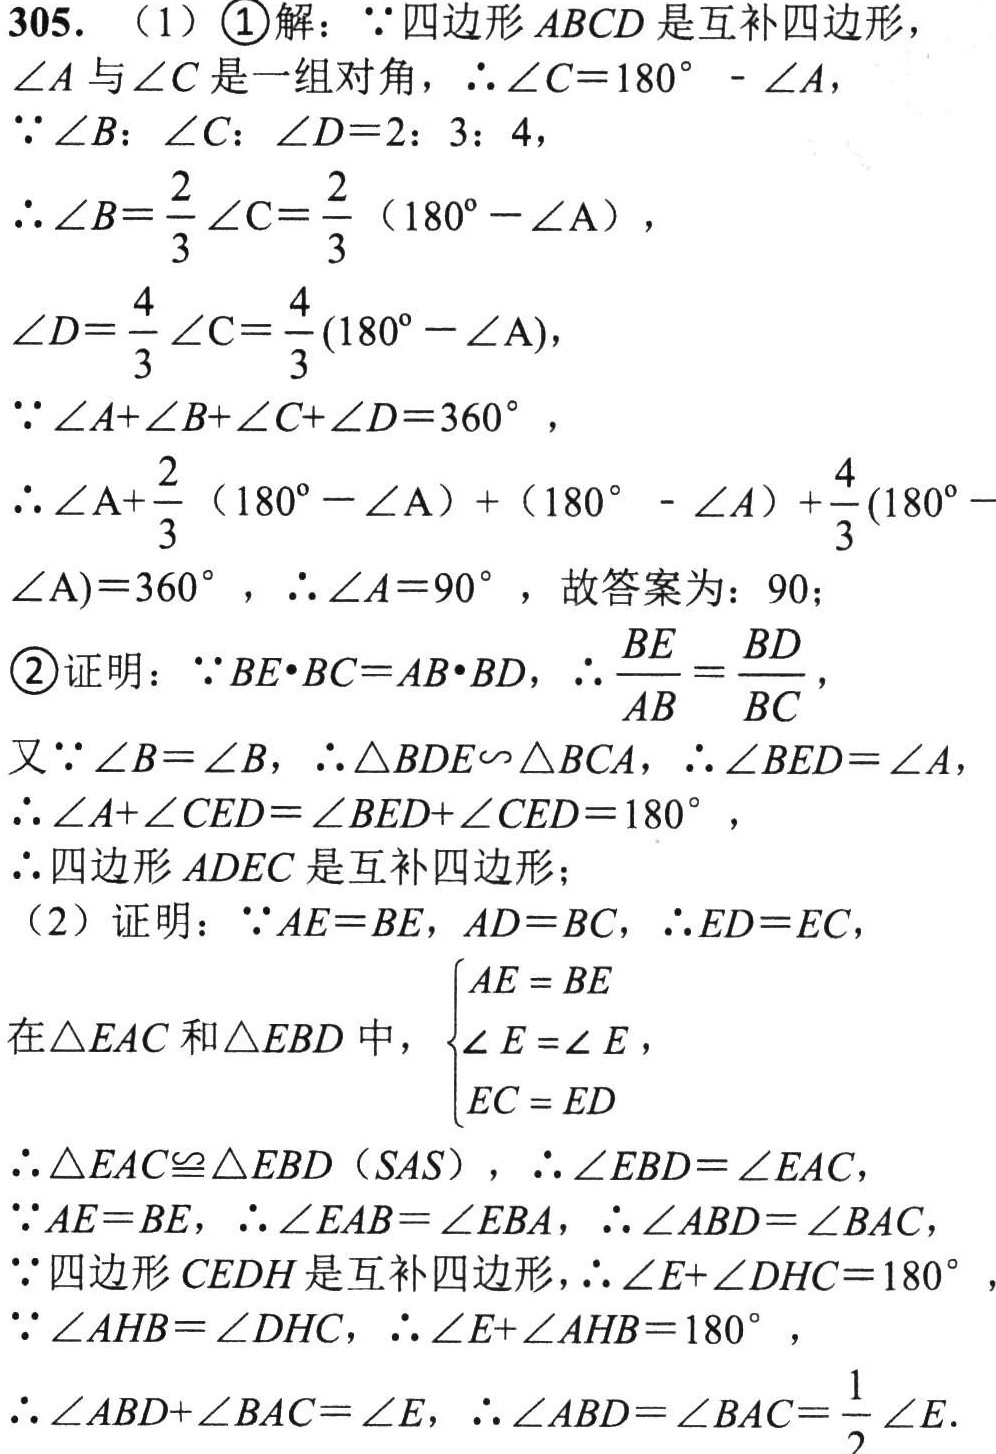
305. （1）\textcircled{1}解：\(\because\)四边形\(ABCD\)是互补四边形，
\(\angle A\)与\(\angle C\)是一组对角，\(\therefore\angle C = 180^{\circ}-\angle A\)，
\(\because\angle B:\angle C:\angle D = 2:3:4\)，
\(\therefore\angle B=\dfrac{2}{3}\angle C=\dfrac{2}{3}(180^{\circ}-\angle A)\)，
\(\angle D=\dfrac{4}{3}\angle C=\dfrac{4}{3}(180^{\circ}-\angle A)\)，
\(\because\angle A+\angle B+\angle C+\angle D = 360^{\circ}\)，
\(\therefore\angle A+\dfrac{2}{3}(180^{\circ}-\angle A)+(180^{\circ}-\angle A)+\dfrac{4}{3}(180^{\circ}-\angle A)=360^{\circ}\)，\(\therefore\angle A = 90^{\circ}\)，故答案为：\(90\)；
\textcircled{2}证明：\(\because BE\cdot BC = AB\cdot BD\)，\(\therefore\dfrac{BE}{AB}=\dfrac{BD}{BC}\)，
又\(\because\angle B=\angle B\)，\(\therefore\triangle BDE\backsim\triangle BCA\)，\(\therefore\angle BED=\angle A\)，
\(\therefore\angle A+\angle CED=\angle BED+\angle CED = 180^{\circ}\)，
\(\therefore\)四边形\(ADEC\)是互补四边形；
（2）证明：\(\because AE = BE\)，\(AD = BC\)，\(\therefore ED = EC\)，
在\(\triangle EAC\)和\(\triangle EBD\)中，\(\begin{cases}AE = BE\\\angle E=\angle E\\EC = ED\end{cases}\)，
\(\therefore\triangle EAC\cong\triangle EBD\)（\(SAS\)），\(\therefore\angle EBD=\angle EAC\)，
\(\because AE = BE\)，\(\therefore\angle EAB=\angle EBA\)，\(\therefore\angle ABD=\angle BAC\)，
\(\because\)四边形\(CEDH\)是互补四边形，\(\therefore\angle E+\angle DHC = 180^{\circ}\)，
\(\because\angle AHB=\angle DHC\)，\(\therefore\angle E+\angle AHB = 180^{\circ}\)，
\(\therefore\angle ABD+\angle BAC=\angle E\)，\(\therefore\angle ABD=\angle BAC=\dfrac{1}{2}\angle E\).